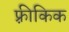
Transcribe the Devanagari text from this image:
फ़्रीकिक